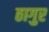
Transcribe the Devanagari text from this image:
ठागुर